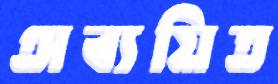
অব্যয়িত